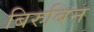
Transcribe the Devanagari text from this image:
बिरुबिन